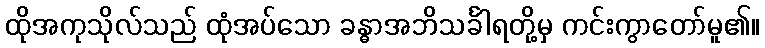
ထိုအကုသိုလ်သည် ထုံအပ်သော ခန္ဓာအဘိသင်္ခါရတို့မှ ကင်းကွာတော်မူ၏။